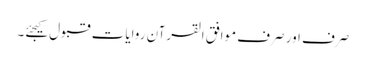
صرف اور صرف موافق القرآن روایات قبول کیجئے۔